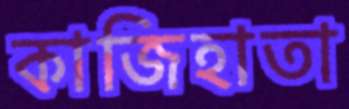
কাজিহাতা